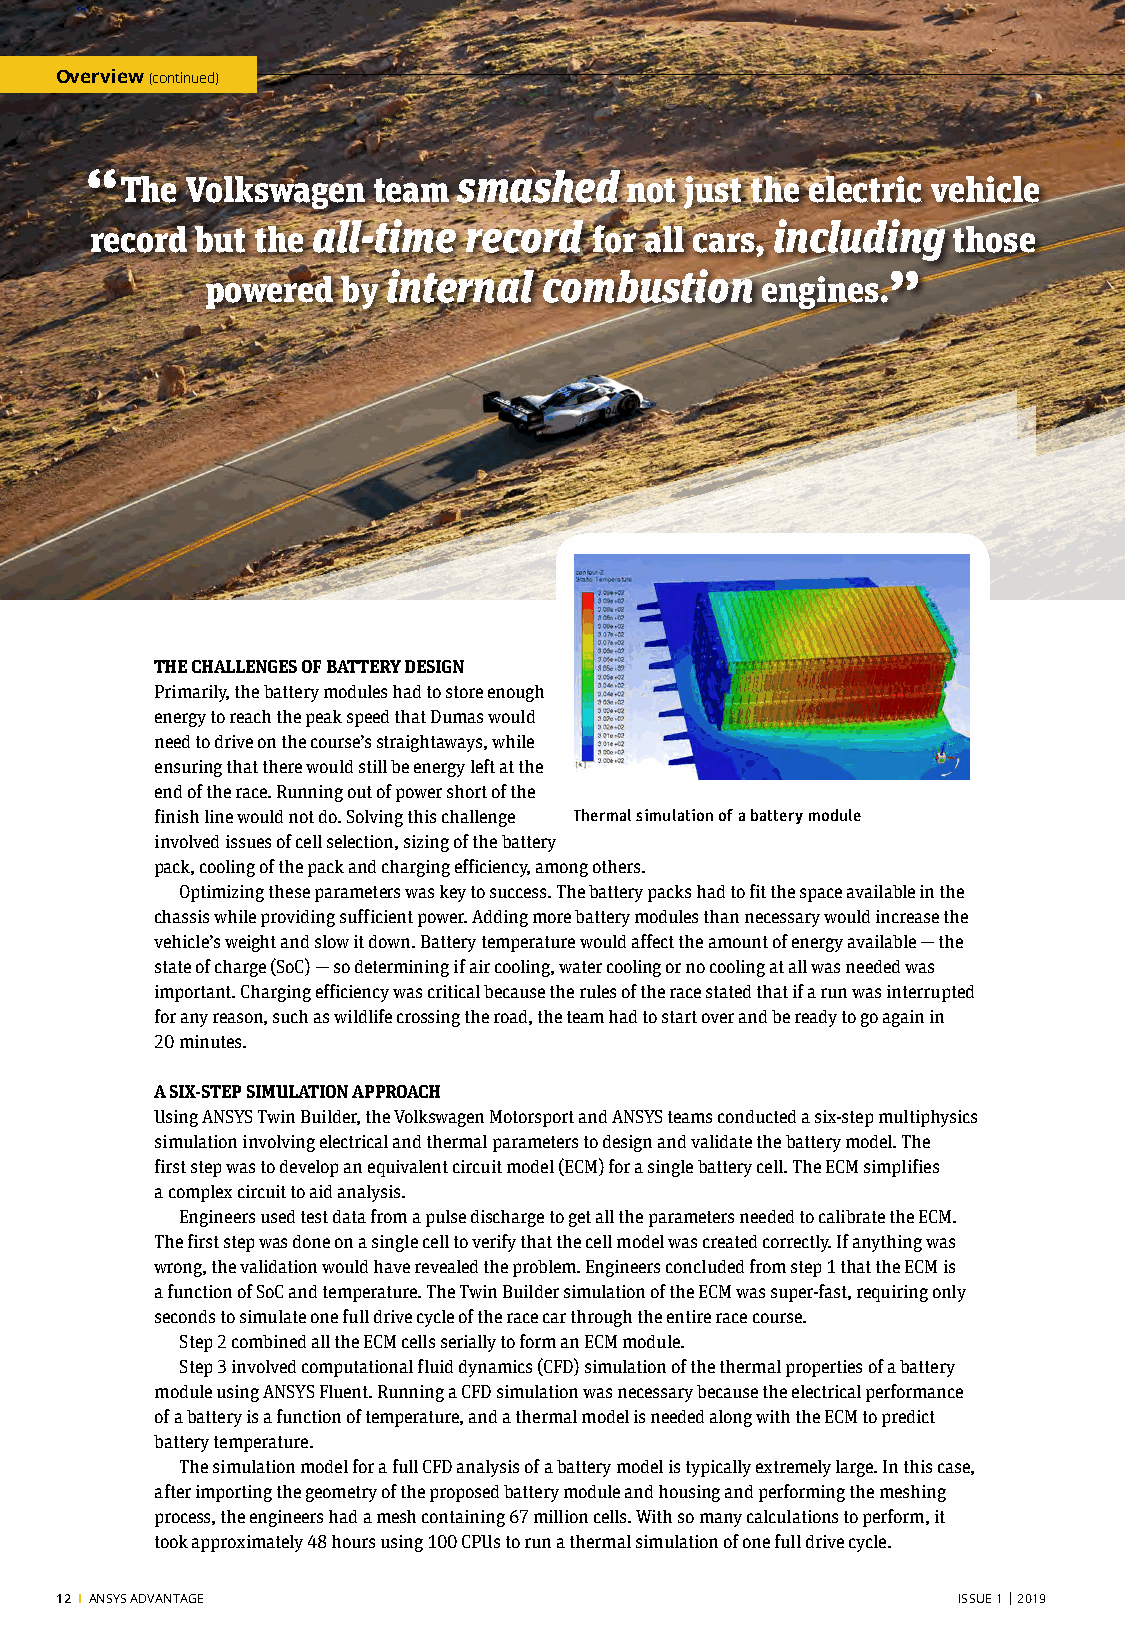
Overview (continued)
 “ The Volkswagen   team smashed    not just the electric vehicle
 record but the all-time  record  for all cars, including those
 powered  by internal  combustion    engines.”
 THE CHALLENGES OF BATTERY DESIGN
 Primarily, the battery modules had to store enough
 energy to reach the peak speed that Dumas would
 need to drive on the course’s straightaways, while
 ensuring that there would still be energy left at the
 end of the race. Running out of power short of the
 finish line would not do. Solving this challenge Thermal simulation of a battery module
 involved issues of cell selection, sizing of the battery
 pack, cooling of the pack and charging efficiency, among others.
 Optimizing these parameters was key to success. The battery packs had to fit the space available in the
 chassis while providing sufficient power. Adding more battery modules than necessary would increase the
 vehicle’s weight and slow it down. Battery temperature would affect the amount of energy available — the
 state of charge (SoC) — so determining if air cooling, water cooling or no cooling at all was needed was
 important. Charging efficiency was critical because the rules of the race stated that if a run was interrupted
 for any reason, such as wildlife crossing the road, the team had to start over and be ready to go again in
 20 minutes.
 A SIX-STEP SIMULATION APPROACH
 Using ANSYS Twin Builder, the Volkswagen Motorsport and ANSYS teams conducted a six-step multiphysics
 simulation involving electrical and thermal parameters to design and validate the battery model. The
 first step was to develop an equivalent circuit model (ECM) for a single battery cell. The ECM simplifies
 a complex circuit to aid analysis.
 Engineers used test data from a pulse discharge to get all the parameters needed to calibrate the ECM.
 The first step was done on a single cell to verify that the cell model was created correctly. If anything was
 wrong, the validation would have revealed the problem. Engineers concluded from step 1 that the ECM is
 a function of SoC and temperature. The Twin Builder simulation of the ECM was super-fast, requiring only
 seconds to simulate one full drive cycle of the race car through the entire race course.
 Step 2 combined all the ECM cells serially to form an ECM module.
 Step 3 involved computational fluid dynamics (CFD) simulation of the thermal properties of a battery
 module using ANSYS Fluent. Running a CFD simulation was necessary because the electrical performance
 of a battery is a function of temperature, and a thermal model is needed along with the ECM to predict
 battery temperature.
 The simulation model for a full CFD analysis of a battery model is typically extremely large. In this case,
 after importing the geometry of the proposed battery module and housing and performing the meshing
 process, the engineers had a mesh containing 67 million cells. With so many calculations to perform, it
 took approximately 48 hours using 100 CPUs to run a thermal simulation of one full drive cycle.
 12 I ANSYS ADVANTAGE                                       ISSUE 1 | 2019